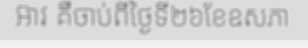
អ៊ាវ គឺចាប់ពីថ្ងៃទី២៦ខែឧសភា